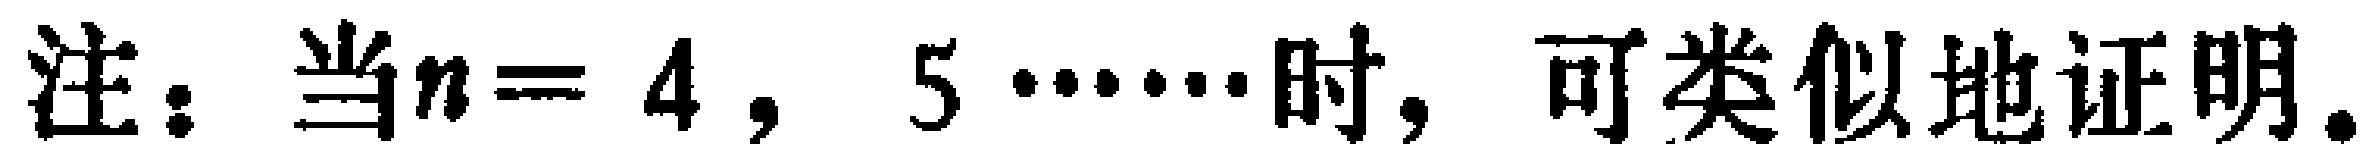
注：当$n = 4,~5\cdots\cdots$时，可类似地证明。